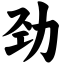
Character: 劲